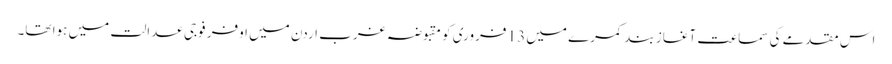
اس مقدمے کی سماعت آغاز بند کمرے میں 13 فروری کو مقبوضہ غرب اردن میں اوفر فوجی عدالت میں ہوا تھا۔